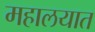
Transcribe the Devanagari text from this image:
महालयात